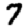
Digit: 7